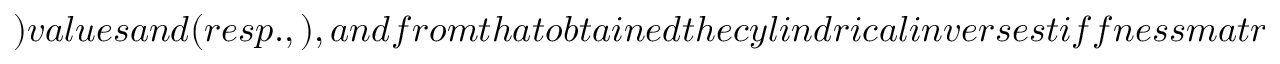
) v a l u e s a n d ( r e s p . , ) , a n d f r o m t h a t o b t a i n e d t h e c y l i n d r i c a l i n v e r s e s t i f f n e s s m a t r i x